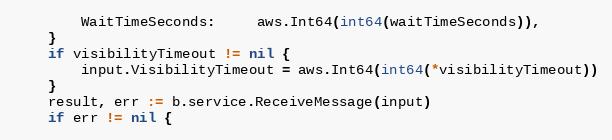
Language: Go
		WaitTimeSeconds:     aws.Int64(int64(waitTimeSeconds)),
	}
	if visibilityTimeout != nil {
		input.VisibilityTimeout = aws.Int64(int64(*visibilityTimeout))
	}
	result, err := b.service.ReceiveMessage(input)
	if err != nil {